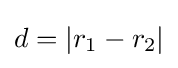
d=|r_{1}-r_{2}|